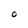
Character: O